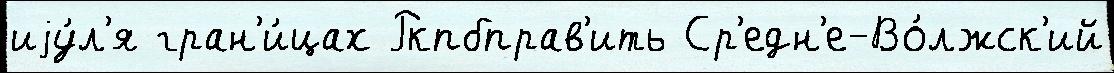
иjу́л'я гран'и́цах Ркпбправ'ить Ср'едн'е-Во́лжск'ий